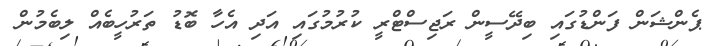
ޕެންޝަން ފަންޑުގައި ބިދޭސީން ރަޖިސްޓްރީ ކުރުމުގައި އަދި އެހާ ބޮޑު ތަރުހީބެއް ލިބެމުން